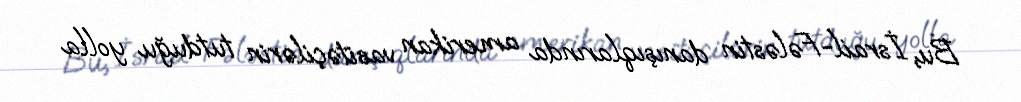
Bu, İsrail-Fələstin danışıqlarında amerikan vasitəçilərin tutduğu yolla